Bréfritari: Sigríður Pálsdóttir
Viðtakandi: Páll Pálsson
Dagsetning: A-1866-07-16
Skrifað á: Breiðabólsstað  Rang.
Páll var bróðir Sigríðar

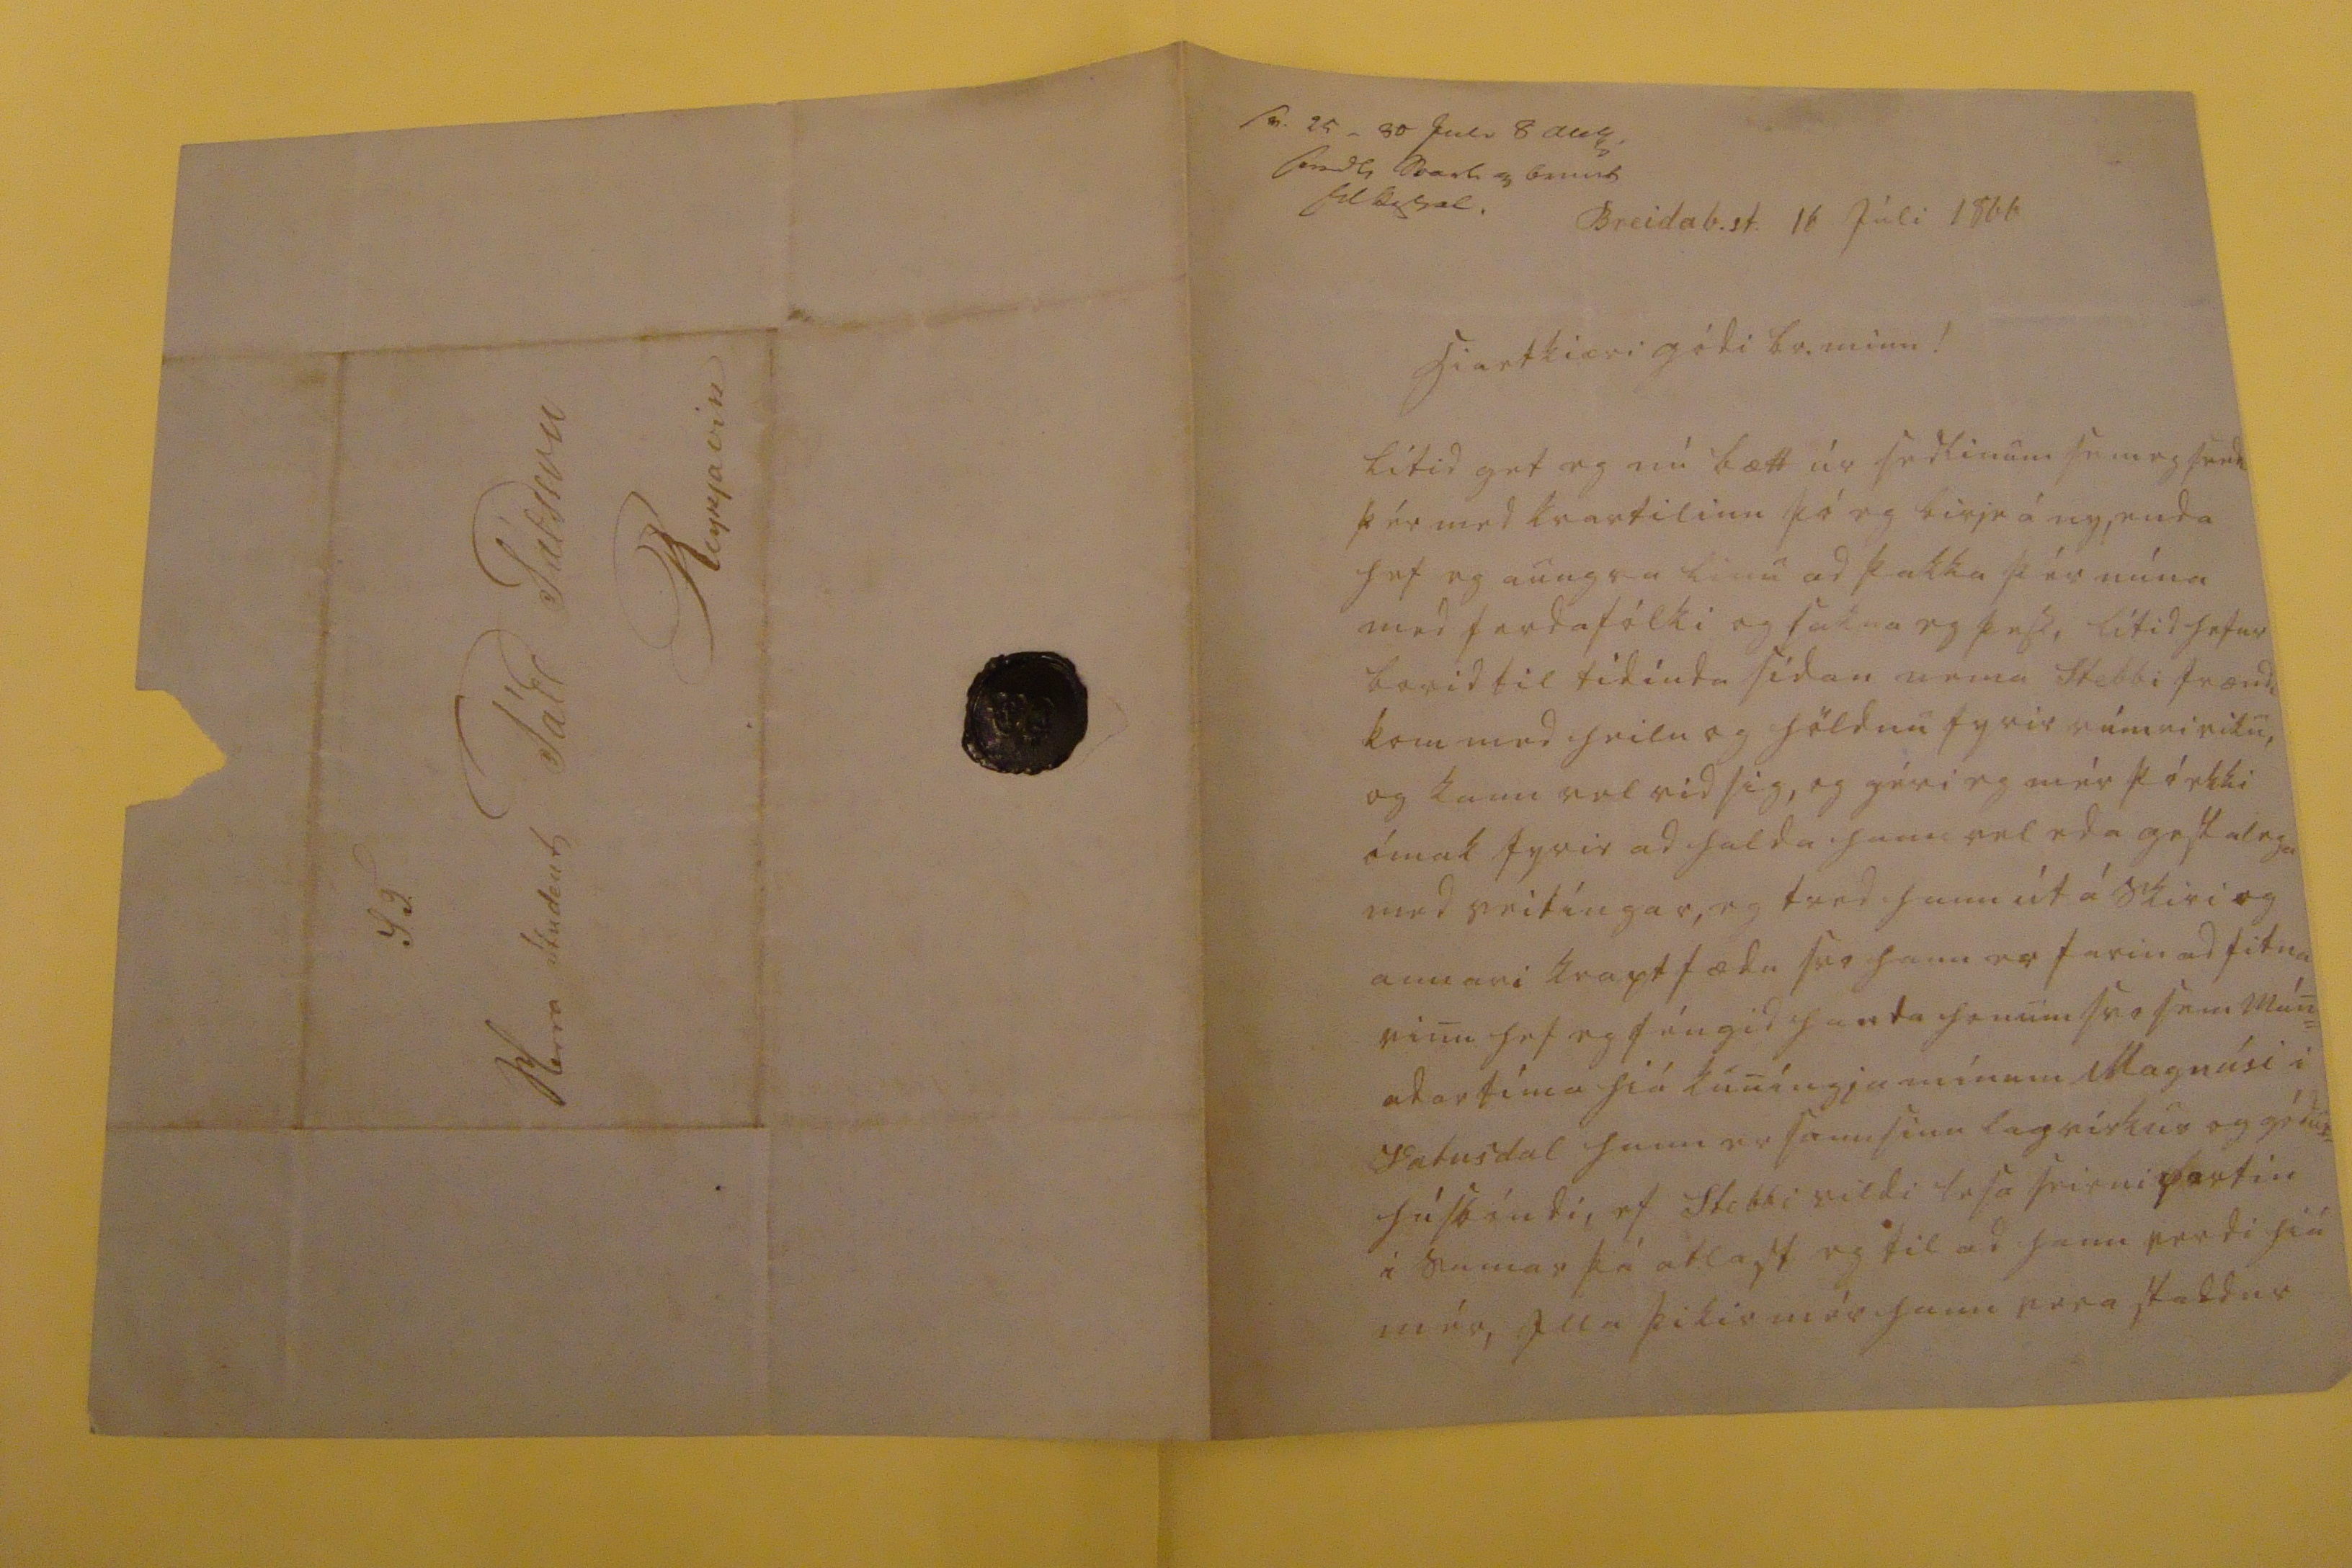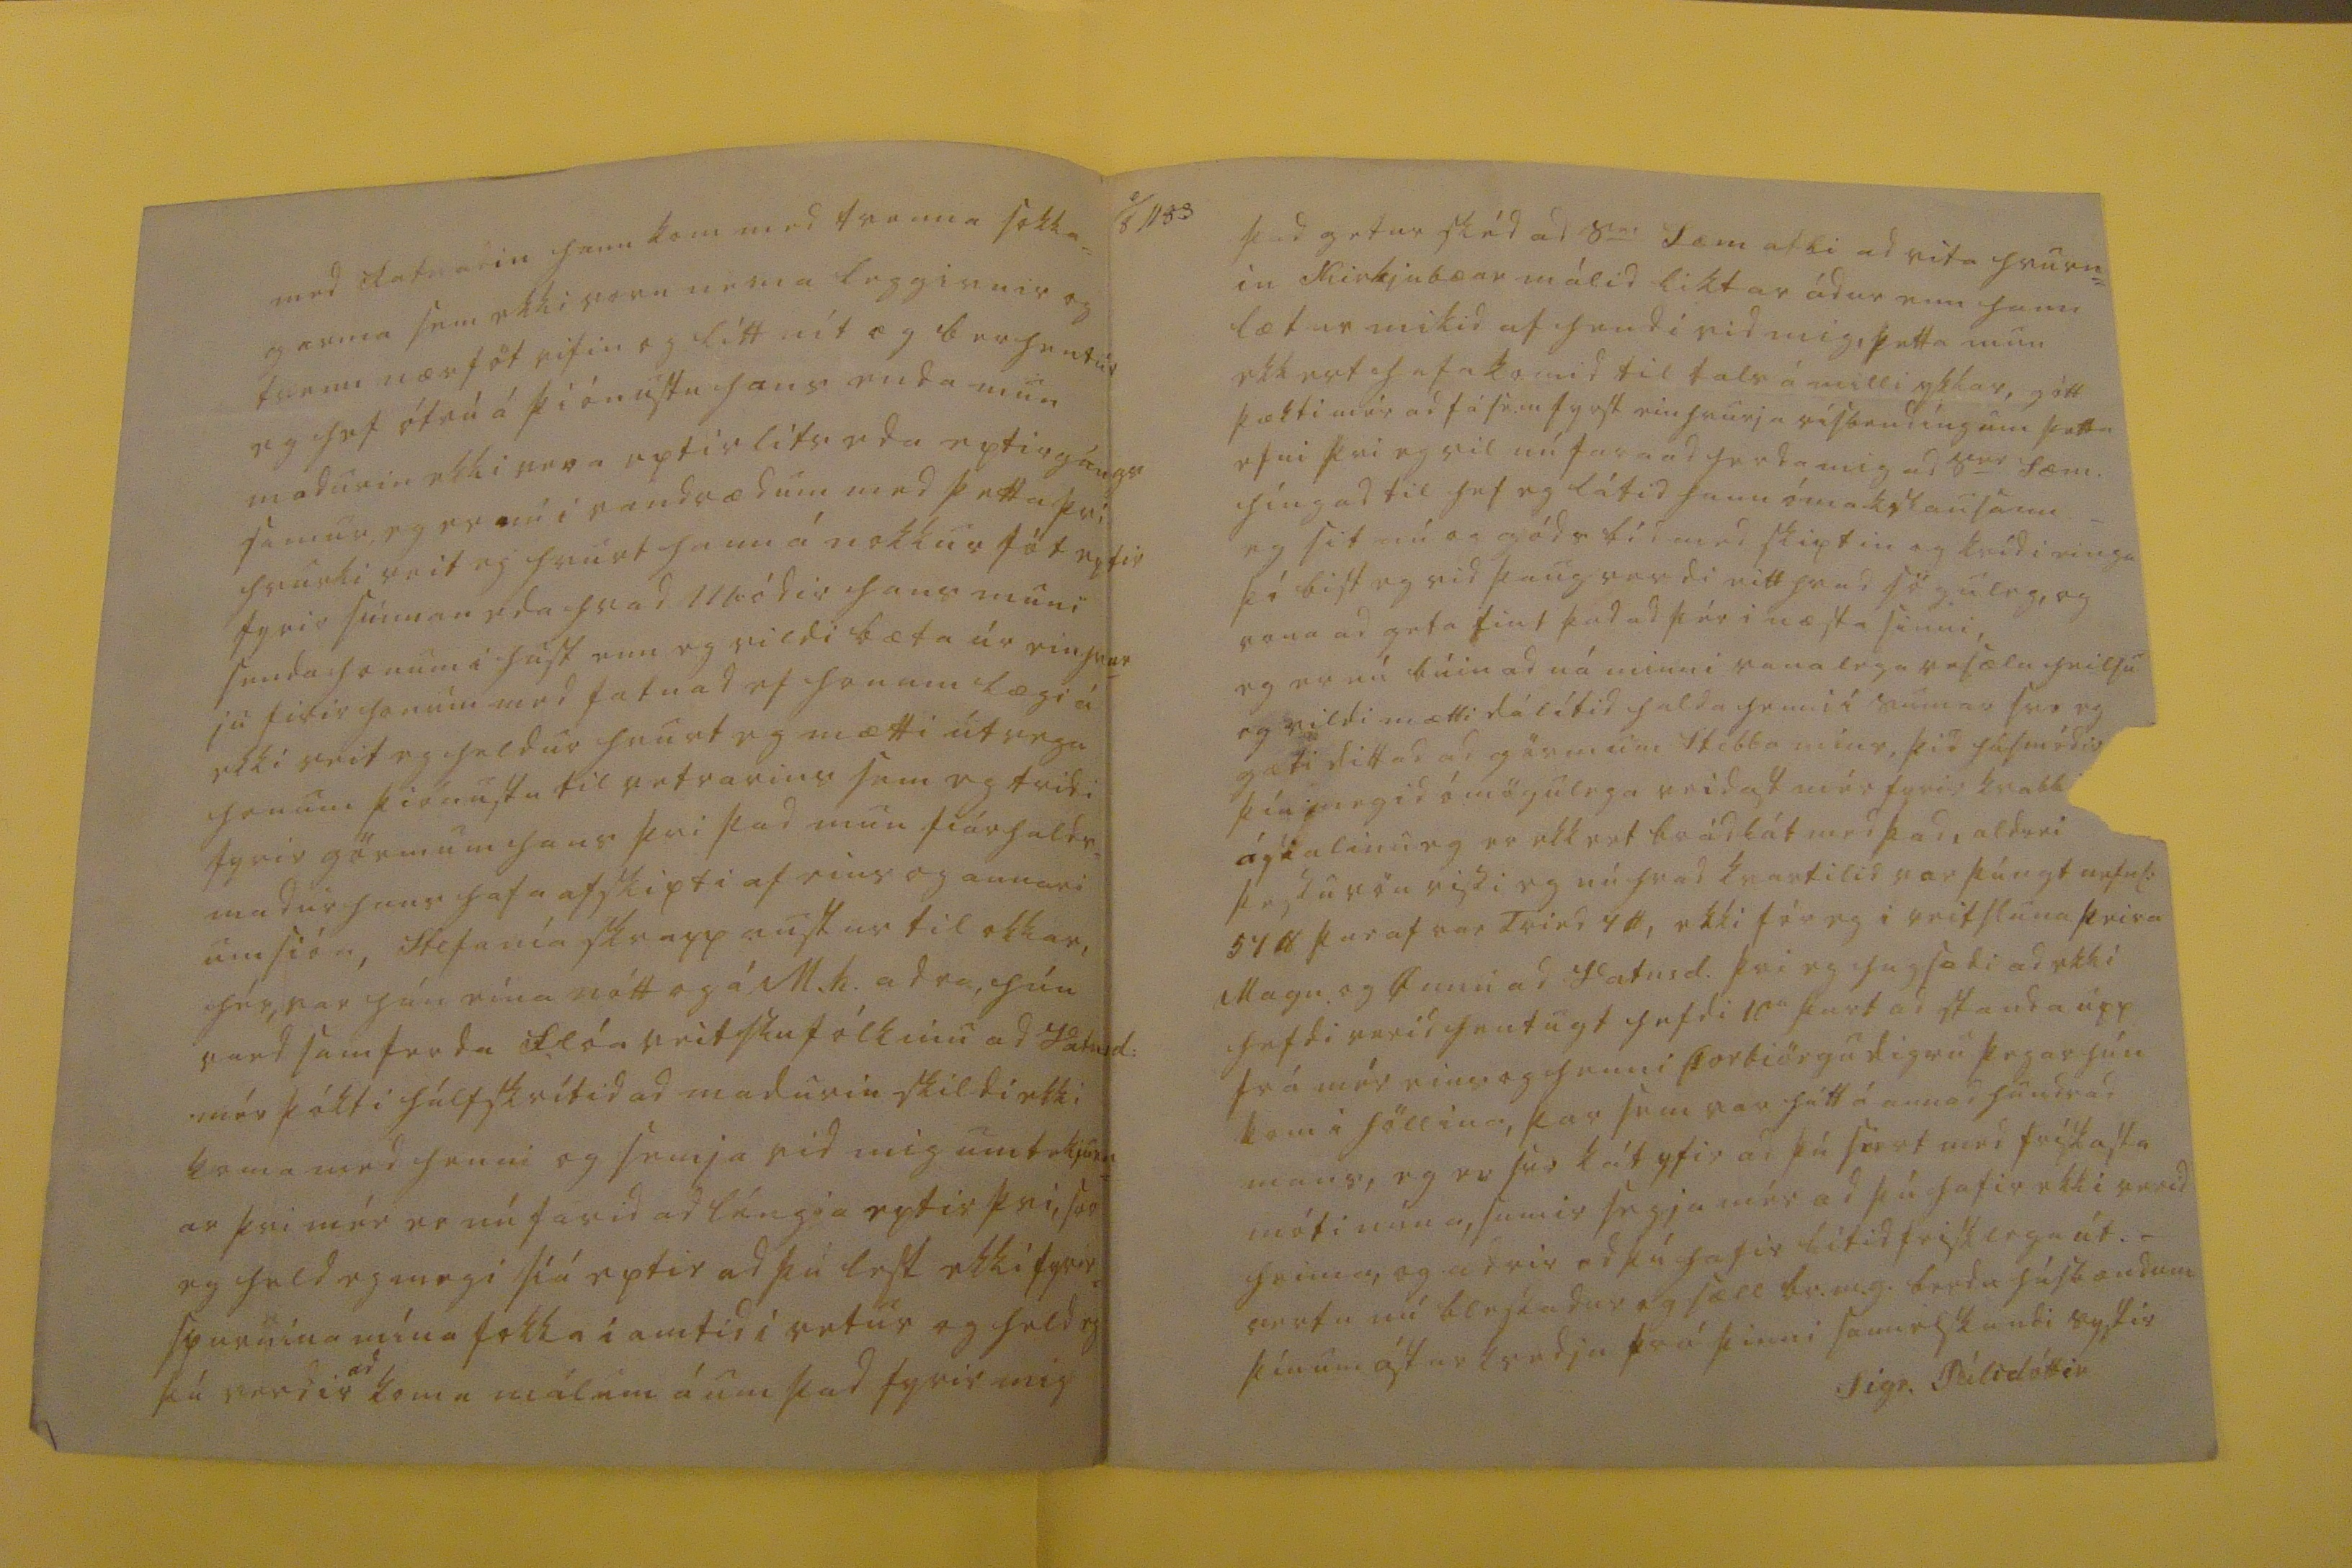

sv. 25 _ 30 juli 8 aug. send svar00 og b000s til b00a0.
Breidab. st. 16 Júli 1866
hiartkiæri gódi br. minn!
Lítid get eg nú bætt úr sedlinum sem eg sendi þér med kvartilinu þó eg birje á ny, enda hef eg aungva linu ad þakka þér núna med ferdafólki og sakna eg þess, lítid hefur borid til tídinda sídan nema Stebbi frændi kom med heilu og höldnu fyrir rúmri viku, og kann vel vid sig, og géri eg mér þó ekki ómak fyrir ad halda hann vel eda gestaleg med veitíngar, eg trod hann út á skiri og annari kraptfædu svo hann er farin ad fitna vinu hef eg féngid handa honum svo sem mán= adartíma hiá kuníngja mínum Magnúsi i Vatnsdal hann er
sannsinn
lagvirkur og gódur= húsbóndi, ef Stebbi vildi lesa seirni partin i sumar þá atlast eg til ad hann verdi hiá mér, Illa þikir mér hann vera staddur
med fatnadin hann kom med tvenna sokka= garma sem ekki voru nema leggirnir og tvenn nærföt rifin og lítt nit og berhentur eg hef ótrú á þiónustu hans enda mun madurin ekki vera eptir lífs eda eptirgángs samur, eg er nú i vandrædum med þetta þvi hvurki veit eg hvurt hann á nokkur föt eptir fyrir sunnan eda hvad módir hans muni senda honum i hust enn eg vildi bæta úr einhvur_ ju firir honum med fatnad ef honum lægi á ekki veit eg heldur hvurt eg mætti útvega honum þiónustu til vetrarins sem eg tridi fyrir görmum hans þvi þad mun fiárhalds= madur hans hafa afskipti af eins og annari umsión, Stefanía skrapp austur til okkar, hér, var hún eina nótt og á M.h. adra hún vard samferda Flóaveitslufólkinu ad Vatnsd: mér þókti hálfskrítid ad madurin skildi ekki koma med henni og semja vi mig um tekjurn= ar þvi mér er nú farid ad léngja eptir þvi, svo eg held eg megi siá eptir ad þú lest ekki fyrir= spurnina mína falla i amtid i vetur og held eg þú verdir
ad
koma málum á um þad fyrir mig
þad getur skéd ad s
er
Sæm atli ad vita hvurn= in Kirkjubæar málid liktar ádur enn hann lætur mikid af hendi vid mig, þetta mun ekkert hafa komid til tals á milli ykkar, gótt þækti mér ad fá sem fyrst einhvurja vísbendíng um þetta efni þvi eg vil nú fara ad ferda mig ad s
er
Sæm. híngad til hef eg látid hann ómakslausann eg sit nú og góds bid med skiptin og kvídi eingu þó bist eg vid þaug verdi eitthvad söguleg, og vona ad geta
sint
þad ad þér i næsta sinni, eg er nú búin ad ná minni vanalega vesælu heilsu og vildi mætti dálítid halda henni í sumar svo eg gæti dittad ad görmum Stebba míns, þid húsmódir þín megid ómögulega reidast mér fyrir kvabbi
ás0alinu
eg er ekkert brádlát med þad, aldrei þessu vön vissi eg nú hvad kvartilid var þúngt nefnl: 54 lb þar af var tvied 20, ekki fór eg i veitsluna þeira Magn. og Gunu ad Vatnsd. þvi eg hugsadi ad ekki hefdi verid hentugt hefdi 10a part ad standa upp frá mér eins og henni Þorbiörgu digru þegar hún kom i höllina, þar sem var hátt á annad hundrad mans, eg er svo kát yfir ad þú siert med frískasta móti núna, sumir segja mér ad þú hafir ekki verid heima, og adrir ad þú hafir lítid frísklega út. _ vertu nú blessadur og sæll br.m.g. berdu húsbændum þínum ástarkvedju frá þinni sannelskandi systir
Sigr. Pálsdóttir
S.T. Herra Student Páll Pálsson Reykjavik